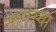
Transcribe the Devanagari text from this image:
नागेस्या